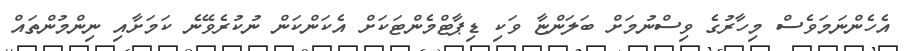
އެހެންނަމަވެސް މިހާރުގެ ވިސްނުމަށް ބަލަންޏާ ވަކި ޑިޕާޓްމެންޓަކަށް އެކަންކަން ނުކުރެވޭނެ ކަމަށާއި ނިންމުންތައް